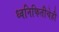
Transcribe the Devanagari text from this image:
ध्वनिफितीचेही